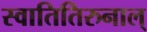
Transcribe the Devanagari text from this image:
स्वातितिरुनाल्